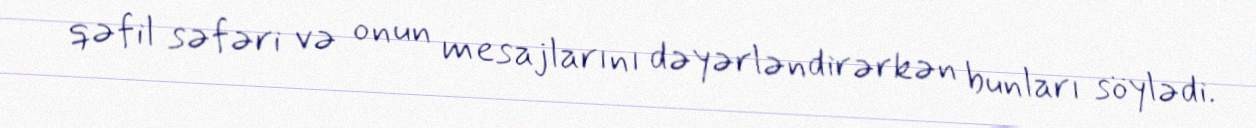
qəfil səfəri və onun mesajlarını dəyərləndirərkən bunları söylədi.